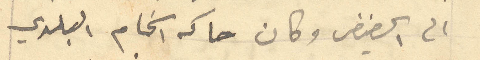
الى الحضيض وكان حاكه الخام البلدي